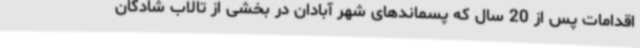
اقدامات پس از 20 سال که پسماندهای شهر آبادان در بخشی از تالاب شادگان